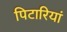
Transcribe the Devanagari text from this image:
पिटारियां